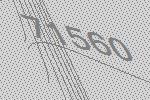
71560